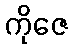
ကိုဇေ